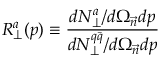
R _ { \perp } ^ { a } ( p ) \equiv \frac { d N _ { \perp } ^ { a } / d \Omega _ { \vec { n } } d p } { d N _ { \perp } ^ { q \bar { q } } / d \Omega _ { \vec { n } } d p }